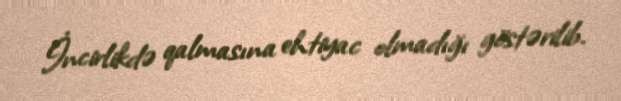
İncirlikdə qalmasına ehtiyac olmadığı göstərilib.